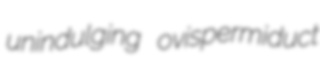
unindulging ovispermiduct